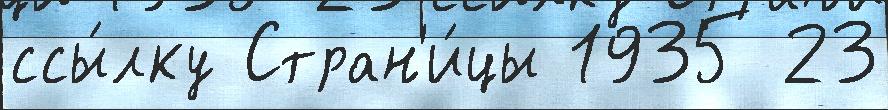
ссы́лку Стран'и́цы 1935 23